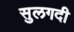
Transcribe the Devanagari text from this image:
सुलगदी